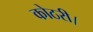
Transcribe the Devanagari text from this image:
कोठरी।